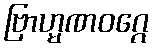
ဗြာဟ္မဏဝဂ္ဂေ